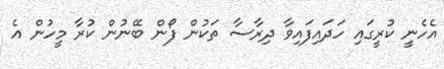
އެހެނީ ކުރީގައި ހަދައިފައިވާ ދިރާސާ ތަކުން ފޯން ބޭނުން ކުރާ މީހުން އެ